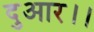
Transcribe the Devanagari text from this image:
दुआर।।